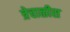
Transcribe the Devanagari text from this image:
त्रेचाळीस